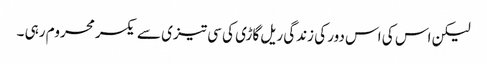
لیکن اس کی اس دور کی زندگی ریل گاڑی کی سی تیزی سے یکسر محروم رہی ۔